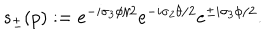
s _ { \pm } ( p ) : = e ^ { - i \sigma _ { 3 } \phi / 2 } e ^ { - i \sigma _ { 2 } \theta / 2 } e ^ { \pm i \sigma _ { 3 } \phi / 2 } .